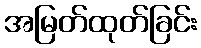
အမြတ်ထုတ်ခြင်း